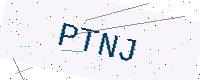
Text: PTNJ